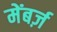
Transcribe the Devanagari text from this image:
मेंबर्ज़